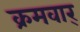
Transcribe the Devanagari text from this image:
क्रमवार्